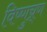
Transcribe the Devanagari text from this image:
विष्णुच्र्ण